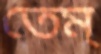
তেম্